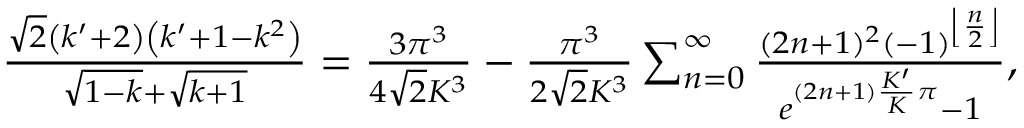
\begin{array} { r l } & { \frac { \sqrt { 2 } \left( k ^ { \prime } + 2 \right) \left( k ^ { \prime } + 1 - k ^ { 2 } \right) } { \sqrt { 1 - k } + \sqrt { k + 1 } } = \frac { 3 \pi ^ { 3 } } { 4 \sqrt { 2 } K ^ { 3 } } - \frac { \pi ^ { 3 } } { 2 \sqrt { 2 } K ^ { 3 } } \sum _ { n = 0 } ^ { \infty } \frac { ( 2 n + 1 ) ^ { 2 } ( - 1 ) ^ { \left\lfloor \frac { n } { 2 } \right\rfloor } } { e ^ { ( 2 n + 1 ) \frac { K ^ { \prime } } { K } \pi } - 1 } , } \end{array}